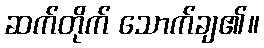
ဆက်တိုက် သောက်ချ၏။